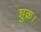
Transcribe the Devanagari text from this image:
शुक्र।